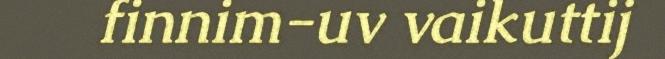
finnim-uv vaikuttij